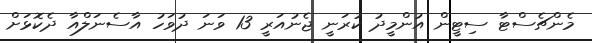
މެންޗެސްޓާ ސިޓީން އުންމީދު ކުރަނީ ޖެނުއަރީ 13 ވަނަ ދުވަހު އާސެނަލްއާ ދެކޮޅަށް